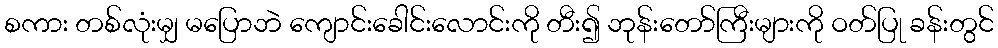
စကား တစ်လုံးမျှ မပြောဘဲ ကျောင်းခေါင်းလောင်းကို တီး၍ ဘုန်းတော်ကြီးများကို ဝတ်ပြု ခန်းတွင်